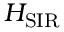
H _ { \mathrm { S I R } }